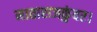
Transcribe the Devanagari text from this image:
माताराजकुंवर।